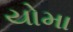
યોમા